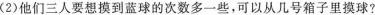
(2)他们三人要想摸到蓝球的次数多一些，可以从几号箱子里摸球?